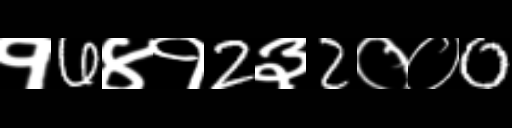
Text: १6४१2३2००0